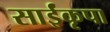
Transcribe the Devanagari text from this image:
साईंकृपा